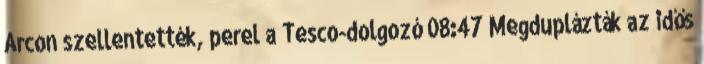
Arcon szellentették, perel a Tesco-dolgozó 08:47 Megduplázták az idős